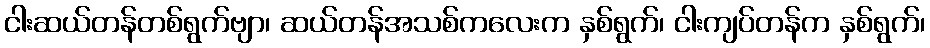
ငါးဆယ်တန်တစ်ရွက်ဗျာ၊ ဆယ်တန်အသစ်ကလေးက နှစ်ရွက်၊ ငါးကျပ်တန်က နှစ်ရွက်၊